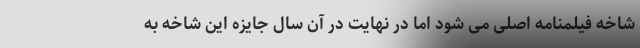
شاخه فیلمنامه اصلی می شود اما در نهایت در آن سال جایزه این شاخه به